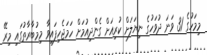
މިމަހުގެ 31 ވަނަ ދުވަހުގެ ނިޔަލަށް ކުރިއަށް ގެންދިއުމަށް ހަމަޖެހިފައިވާ މިމުބާރާތުގައި މިރޭ